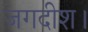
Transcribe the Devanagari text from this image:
जगदीश।